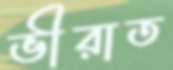
ভীরাত